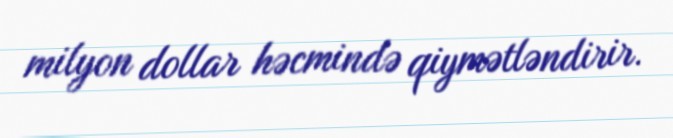
milyon dollar həcmində qiymətləndirir.